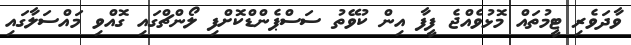
ވާދަވެރި ޓީމުތައް މޮޅުވެއްޖެ ފީފާ އިން ކުވޭތު ސަސްޕެންޑްކޮށްފި ލޯންޗްގައި ގޮއްވި މައްސަލާގައި